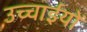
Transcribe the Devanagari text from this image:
उच्चाईयों